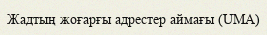
Жадтың жоғарғы адрестер аймағы (UMA)